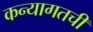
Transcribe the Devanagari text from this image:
कन्यागतची